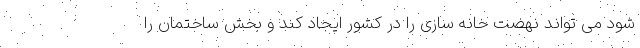
شود می تواند نهضت خانه سازی را در کشور ایجاد کند و بخش ساختمان را